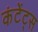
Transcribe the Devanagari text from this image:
कंटेंट्स